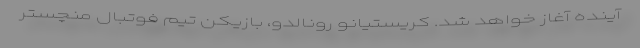
آینده آغاز خواهد شد. کریستیانو رونالدو، بازیکن تیم فوتبال منچستر